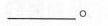
_____。